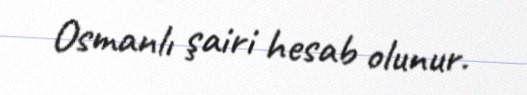
Osmanlı şairi hesab olunur.